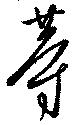
等